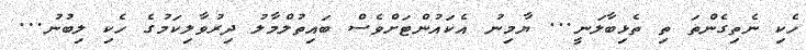
ހެކި ނެތިގެންތަ ތި ތެޅިބާލަނީ... ޔާމިނު އެކައުންޓަށްވެސް ބައިތުލްމާލު ދިރުވާލިކަމުގެ ހެކި ލިބުނު...